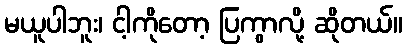
မယူပါဘူး၊ ငါ့ကိုတော့ ပြကွာလို့ ဆိုတယ်။